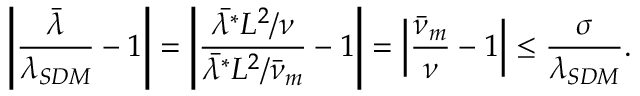
\left| \frac { \bar { \lambda } } { \lambda _ { S D M } } - 1 \right| = \left| \frac { \bar { \lambda ^ { * } } L ^ { 2 } / \nu } { \bar { \lambda ^ { * } } L ^ { 2 } / \bar { \nu } _ { m } } - 1 \right| = \left| \frac { \bar { \nu } _ { m } } { \nu } - 1 \right| \leq \frac { \sigma } { \lambda _ { S D M } } .